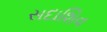
સદાશિવ